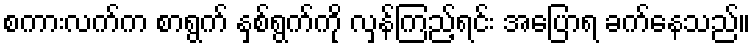
စကားလက်က စာရွက် နှစ်ရွက်ကို လှန်ကြည့်ရင်း အပြောရ ခက်နေသည်။